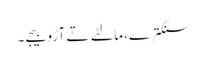
سنگترے، مالٹے تے آڑو بیجے۔